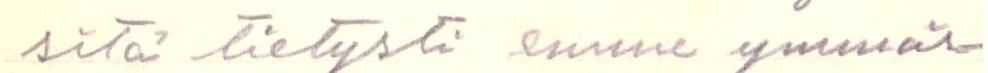
sitä tietysti emme ymmär-